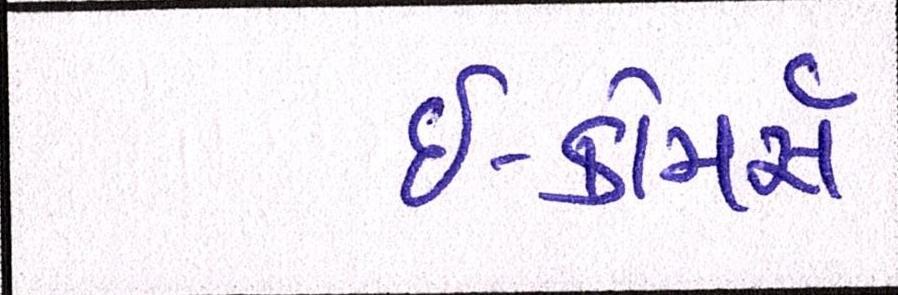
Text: ઇ-કોમર્સ